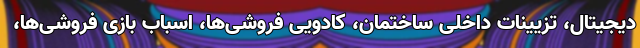
دیجیتال، تزیینات داخلی ساختمان، کادویی فروشی‌ها، اسباب بازی فروشی‌ها،